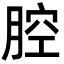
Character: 腔